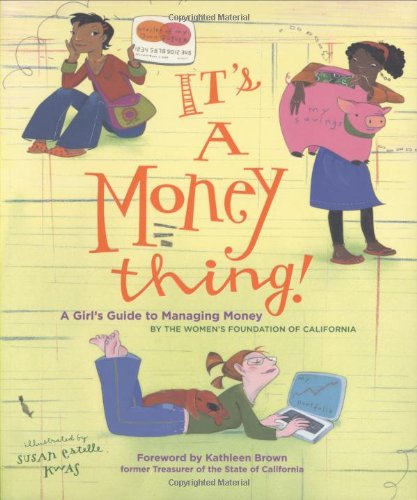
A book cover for It's a Money Thing!: A Girl's Guide to Managing Money; Women's Foundation of California; Teen & Young Adult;